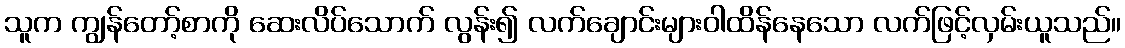
သူက ကျွန်တော့်စာကို ဆေးလိပ်သောက် လွန်း၍ လက်ချောင်းများဝါထိန်နေသော လက်ဖြင့်လှမ်းယူသည်။